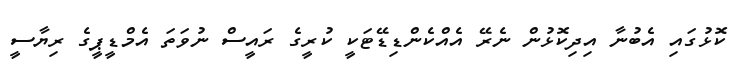
ކޮޅުގައި އެބުނާ އިދިކޮޅުން ނެރޭ އެއްކެންޑިޑޭޓަކީ ކުރީގެ ރައީސް ނުވަތަ އެމްޑީޕީގެ ރިޔާސީ